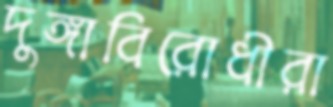
দুঙ্গাবিরোধীরা